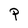
Character: P